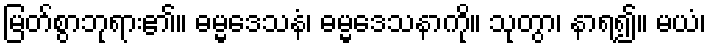
မြတ်စွာဘုရား၏။ ဓမ္မဒေသနံ၊ ဓမ္မဒေသနာကို။ သုတွာ၊ နာရ၍။ မယံ၊